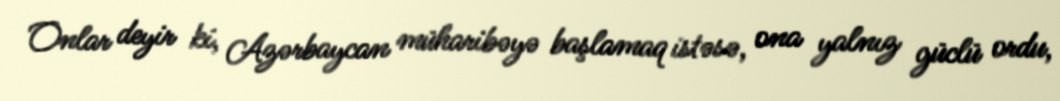
Onlar deyir ki, Azərbaycan müharibəyə başlamaq istəsə, ona yalnız güclü ordu,